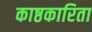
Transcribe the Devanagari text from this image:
काष्ठकारिता